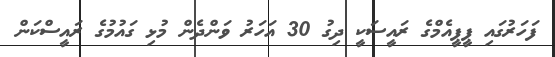
ފަހަރުގައި ޕީޕީއެމްގެ ރައީސަކީ ދިގު 30 އަހަރު ވަންދެން މުޅި ގައުމުގެ ރައީސްކަން